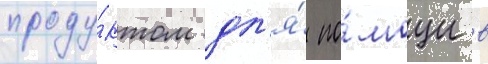
проду́ктом дл'я́ по́мощи в